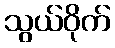
သွယ်ဝိုက်